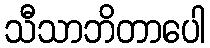
သီသာဘိတာပေါ